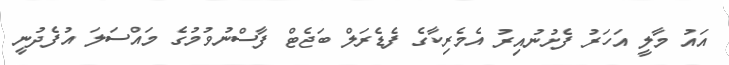
އައު މާލީ އަހަރު ފެށުނުއިރު އެމެރިކާގެ ފެޑެރަލް ބަޖެޓް ފާސްނުވުމުގެ މައްސަލަ އުފެދުނީ